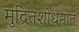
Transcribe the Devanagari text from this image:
मुद्रितशोधनात